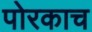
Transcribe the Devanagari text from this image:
पोरकाच